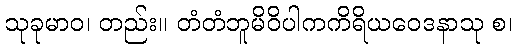
သုခုမာဝ၊ တည်း။ တံတံဘူမိဝိပါကကိရိယဝေဒနာသု စ၊